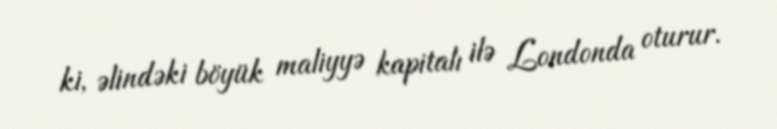
ki, əlindəki böyük maliyyə kapitalı ilə Londonda oturur.